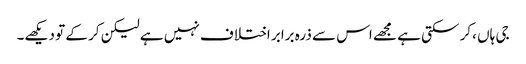
جی ہاں ،کر سکتی ہے مجھے اس سے ذرہ برابر اختلاف نہیں ہے لیکن کر کے تو دیکھے۔